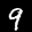
Label: 9